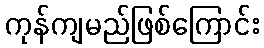
ကုန်ကျမည်ဖြစ်ကြောင်း